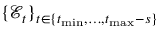
\{ \mathcal { E } _ { t } \} _ { t \in \{ t _ { \operatorname* { m i n } } , \dots , t _ { \operatorname* { m a x } } - s \} }